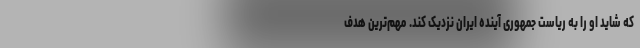
که شاید او را به ریاست جمهوری آینده ایران نزدیک کند. مهم‌ترین هدف